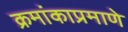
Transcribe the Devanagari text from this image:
क्रमांकाप्रमाणे